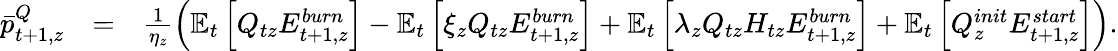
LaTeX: \begin{array}{rlr}{\bar{p}_{t+1,z}^{Q}}&{=}&{\frac{1}{\eta_{z}}\left(\mathbb{E}_{t}\left[Q_{tz}E_{t+1,z}^{burn}\right]-\mathbb{E}_{t}\left[\xi_{z}Q_{tz}E_{t+1,z}^{burn}\right]+\mathbb{E}_{t}\left[\lambda_{z}Q_{tz}H_{tz}E_{t+1,z}^{burn}\right]+\mathbb{E}_{t}\left[Q_{z}^{init}E_{t+1,z}^{start}\right]\right).}\end{array}